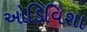
ઓડિવિશા